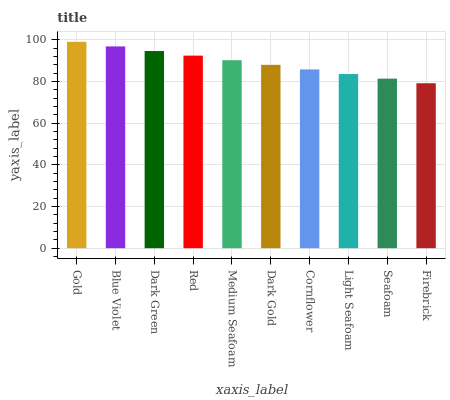
| xaxis_label | bars |
 | --- | --- |
 | Gold | 99 |
 | Blue Violet | 96.8 |
 | Dark Green | 94.6 |
 | Red | 92.4 |
 | Medium Seafoam | 90.2 |
 | Dark Gold | 88 |
 | Cornflower | 85.8 |
 | Light Seafoam | 83.5 |
 | Seafoam | 81.3 |
 | Firebrick | 79.1 |